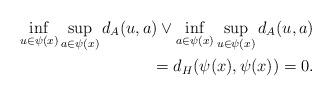
LaTeX: \begin{align*} \inf_{u \in \psi(x)} \sup_{a \in \psi(x)} d_A(u,a) \lor \inf_{a \in \psi(x)} \sup_{u \in \psi(x)} d_A(u,a) \\= d_H(\psi(x),\psi(x))=0 .\end{align*}